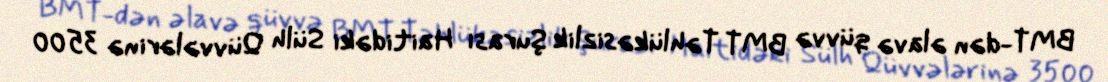
BMT-dən əlavə qüvvə BMT Təhlükəsizlik Şurası Haitidəki Sülh Qüvvələrinə 3500